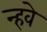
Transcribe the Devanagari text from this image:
न्हवे